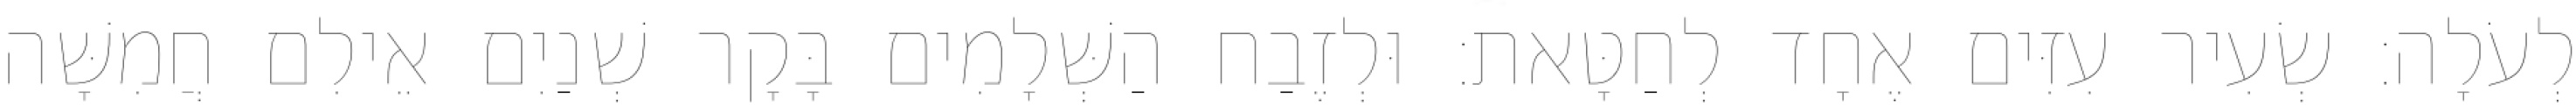
לְעֹלָה׃ שְׂעִיר עִזִּים אֶחָד לְחַטָּאת׃ וּלְזֶבַח הַשְּׁלָמִים בָּקָר שְׁנַיִם אֵילִם חֲמִשָּׁה